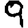
Digit: 9